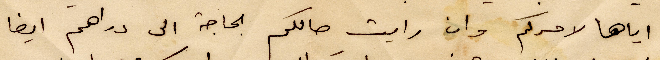
إياها لامركم وان رايت حالكم الحاجة الى دراهم ايضًا